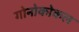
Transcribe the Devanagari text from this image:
गोनोकोकल